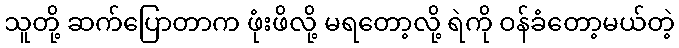
သူတို့ ဆက်ပြောတာက ဖုံးဖိလို့ မရတော့လို့ ရဲကို ဝန်ခံတော့မယ်တဲ့